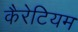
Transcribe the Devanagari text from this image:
कैरेटियम